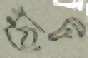
ঠোঁট